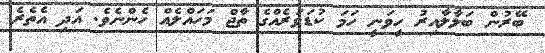
ބޭރުން ބަލާލާއިރު ހީވަނީ ހަމަ ކުޑަވަރެއްގެ ތާޖް މަހައްލެއް ހެންނެވެ. އަދި އެތެރެ